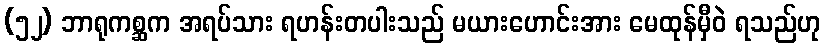
(၅၂) ဘာရုကစ္ဆက အရပ်သား ရဟန်းတပါးသည် မယားဟောင်းအား မေထုန်မှီဝဲ ရသည်ဟု